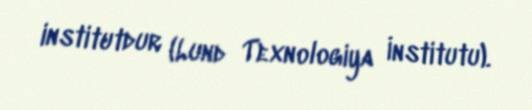
institutdur (Lund Texnologiya İnstitutu).